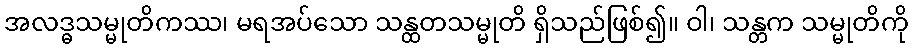
အလဒ္ဓသမ္မုတိကဿ၊ မရအပ်သော သန္ထတသမ္မုတိ ရှိသည်ဖြစ်၍။ ဝါ၊ သန္တက သမ္မုတိကို